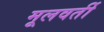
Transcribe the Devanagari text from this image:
मूलवर्ती